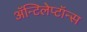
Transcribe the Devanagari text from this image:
ॲन्टिलेप्टॉन्स